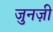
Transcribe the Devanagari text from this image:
जुनज़ी